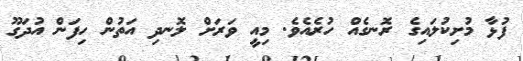
ފުޅާ މުށިކުލައިގެ ރޮނގެއް ހުރެއެވެ. މިއީ ވަރަށް ލޮނދި އަތުން ހިފަން އުދަގޫ